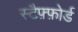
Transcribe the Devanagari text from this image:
स्टैफ़्फ़ोर्ड